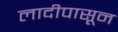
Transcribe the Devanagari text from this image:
लादीपासून